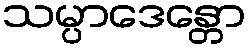
သမ္ပာဒေန္တော